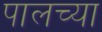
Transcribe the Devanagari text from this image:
पालच्या